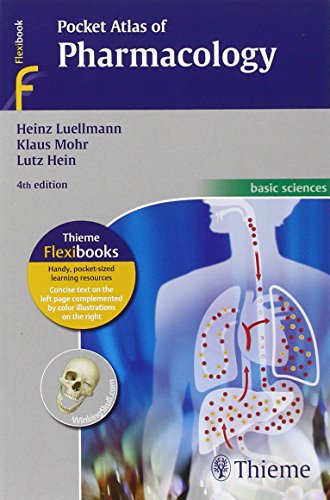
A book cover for Pocket Atlas of Pharmacology (Flexibook); Heinz Luellmann; Medical Books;